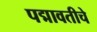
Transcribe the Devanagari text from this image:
पद्मावतीचे